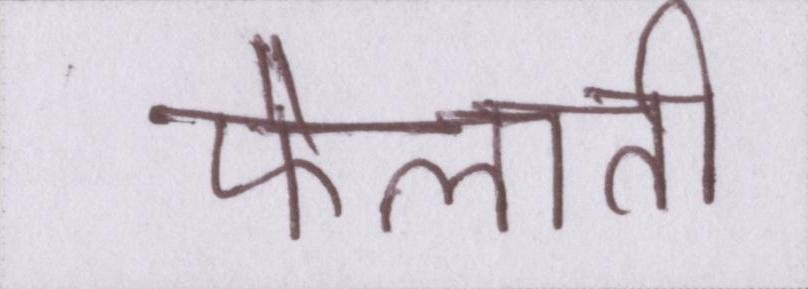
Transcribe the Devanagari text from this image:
फैलाती